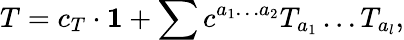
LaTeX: T=c_{T}\cdot{\mathbf 1}+\sum c^{a_{1}\dots a_{2}}T_{a_{1}}\dots T_{a_{l}},